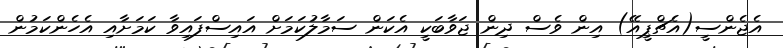
އެޖެންސީ(އެޗްޕީއޭ) އިން ވެސް ދިން ޖަވާބަކީ އެކަން ސަމާލުކަމަށް އައިސްފައިވާ ކަމަށާއި އެހެންކަމުން